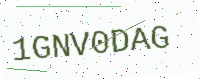
Text: 1GNV0DAG